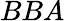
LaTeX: BBA